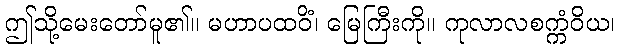
ဤသို့မေးတော်မူ၏။ မဟာပထဝိံ၊ မြေကြီးကို။ ကုလာလစက္ကံဝိယ၊